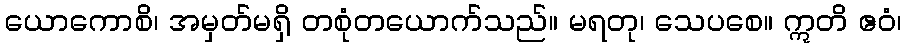
ယောကောစိ၊ အမှတ်မရှိ တစုံတယောက်သည်။ မရတု၊ သေပစေ။ ဣတိ ဧဝံ၊